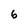
Character: 6